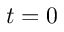
t = 0